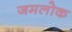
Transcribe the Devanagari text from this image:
जमलोक